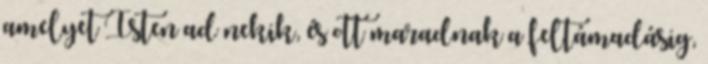
amelyet Isten ad nekik, és ott maradnak a feltámadásig,